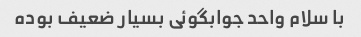
با سلام واحد جوابگوئی بسیار ضعیف بوده